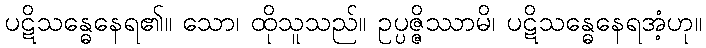
ပဋိသန္ဓေနေရ၏။ သော၊ ထိုသူသည်။ ဥပ္ပဇ္ဇိဿာမိ၊ ပဋိသန္ဓေနေရအံ့ဟု။